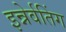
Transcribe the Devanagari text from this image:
इन्नेर्वतिंग